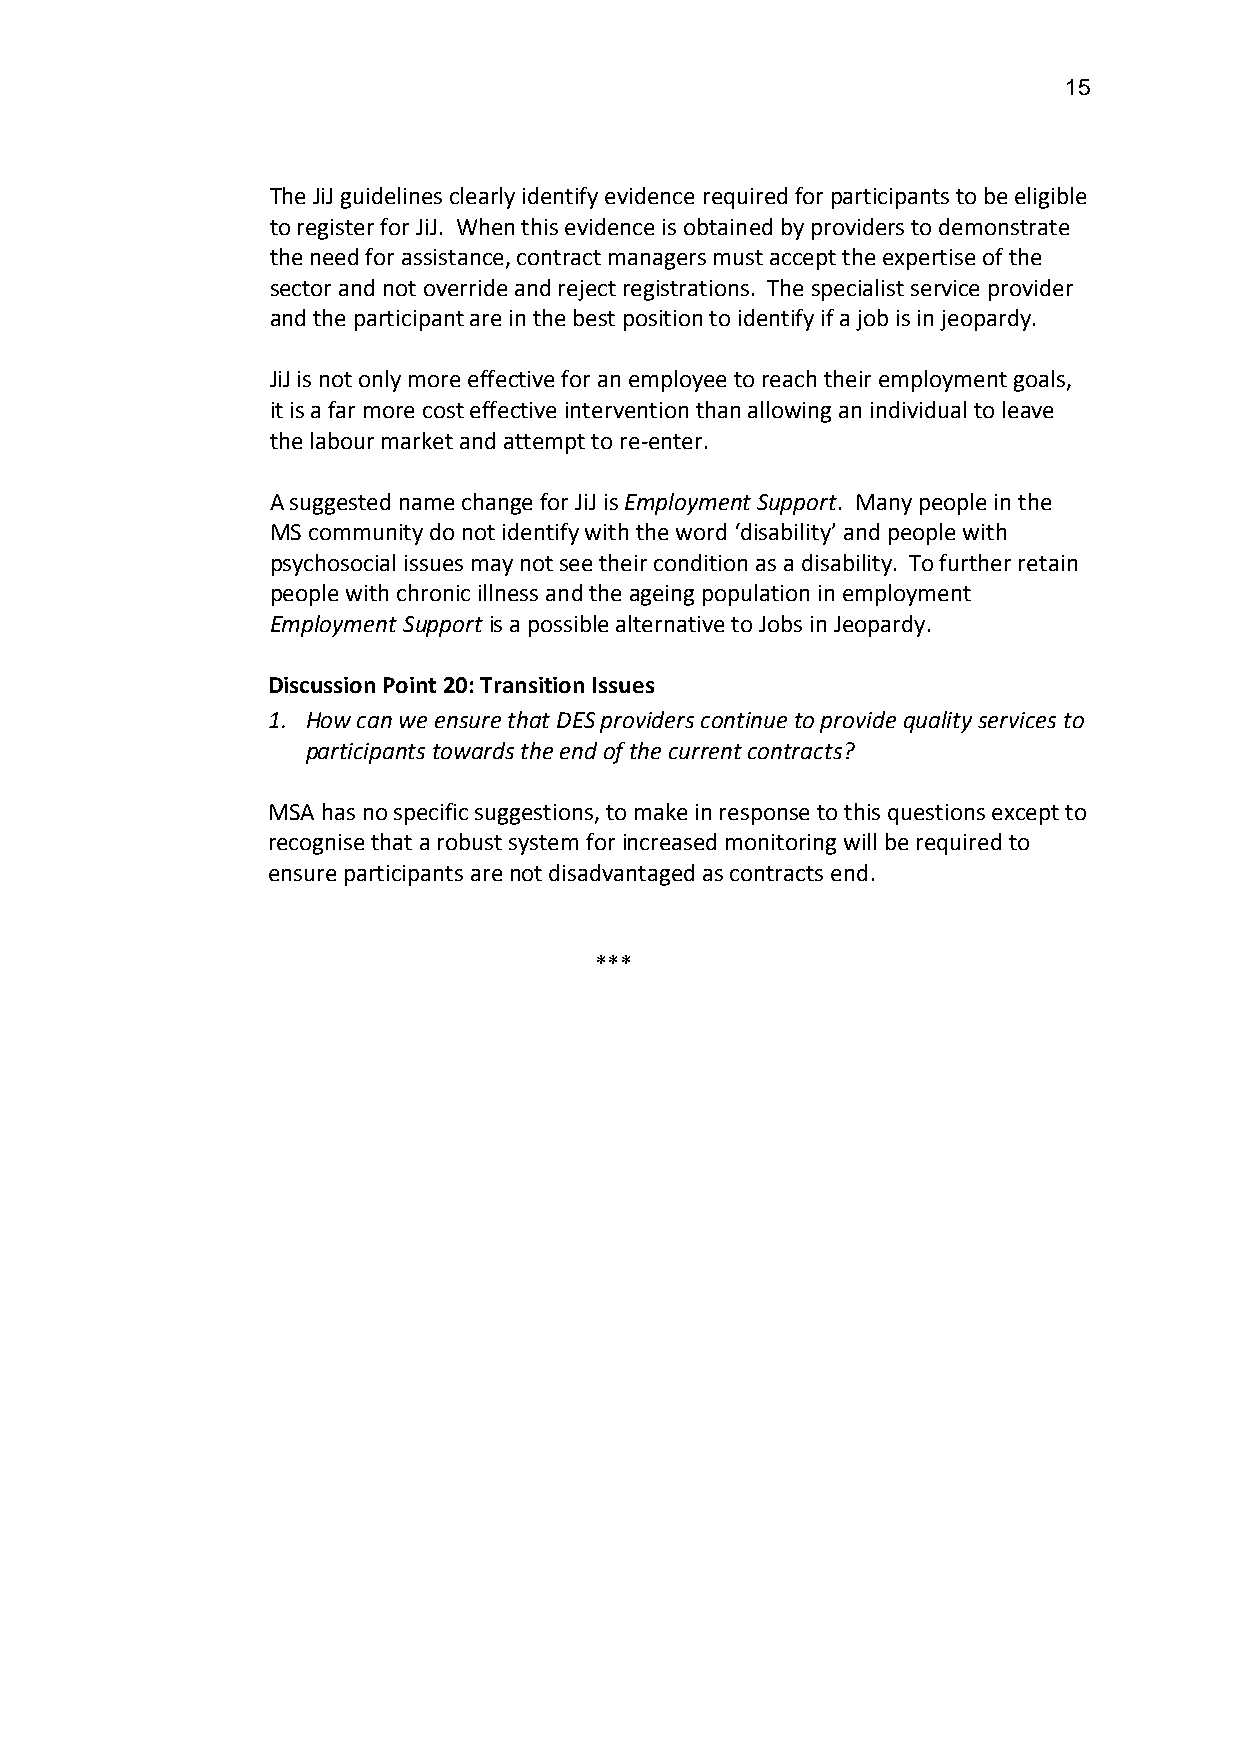
15
 The JiJ guidelines clearly identify evidence required for participants to be eligible
 to register for JiJ. When this evidence is obtained by providers to demonstrate
 the need for assistance, contract managers must accept the expertise of the
 sector and not override and reject registrations. The specialist service provider
 and the participant are in the best position to identify if a job is in jeopardy.
 JiJ is not only more effective for an employee to reach their employment goals,
 it is a far more cost effective intervention than allowing an individual to leave
 the labour market and attempt to re-enter.
 A suggested name change for JiJ is Employment Support. Many people in the
 MS community do not identify with the word ‘disability’ and people with
 psychosocial issues may not see their condition as a disability. To further retain
 people with chronic illness and the ageing population in employment
 Employment Support is a possible alternative to Jobs in Jeopardy.
 Discussion Point 20: Transition Issues
 1. How can we ensure that DES providers continue to provide quality services to
 participants towards the end of the current contracts?
 MSA has no specific suggestions, to make in response to this questions except to
 recognise that a robust system for increased monitoring will be required to
 ensure participants are not disadvantaged as contracts end.
 ***